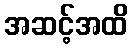
အဆင့်အထိ